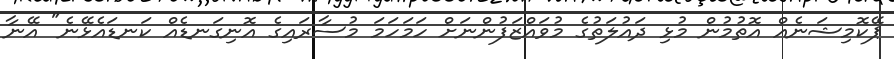
ޕޭކޮމިޝަނެއް އޮތުމުން މުޅި ދައުލަތުގެ މުވައްޒަފުންނަށް ހަމަހަމަ މުސާރައިގެ އޮނިގަނޑެއް ކަނޑައެޅޭނެ" އޭނާ